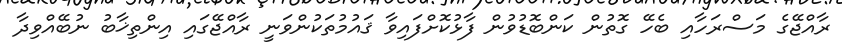
ރާއްޖޭގެ މަސްރަހާއި ބެހޭ ގޮތުން ކަންބޮޑުވުން ފާޅުކޮށްފައިވާ ޤައުމުތަކުންވަނީ ރާއްޖޭގައި އިންތިޚާބު ނުބޭއްވިދާ